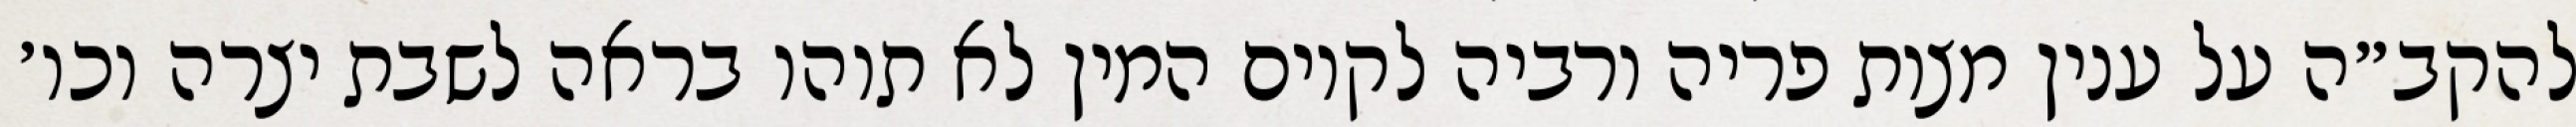
להקב״ה על ענין מצות פריה ורביה לקיום המין לא תוהו בראה לשבת יצרה וכו׳